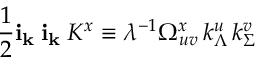
\frac { 1 } { 2 } { \bf i } _ { \bf k _ { \Lambda } } { \bf i } _ { \bf k _ { \Sigma } } K ^ { x } \equiv \lambda ^ { - 1 } \Omega _ { u v } ^ { x } \, k _ { \Lambda } ^ { u } \, k _ { \Sigma } ^ { v }